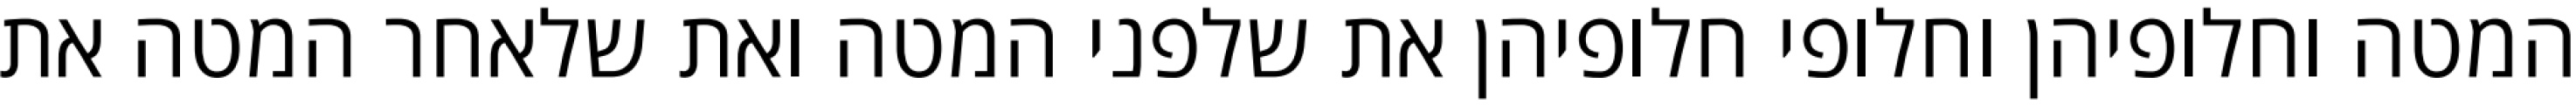
המטה וחלופיהן וחלופי חלופיהן את שלפני המטה ואת שלאחר המטה את